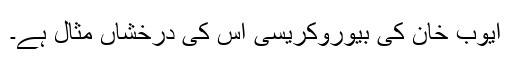
ایوب خان کی بیوروکریسی اس کی درخشاں مثال ہے۔